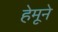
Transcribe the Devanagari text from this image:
हेमूने